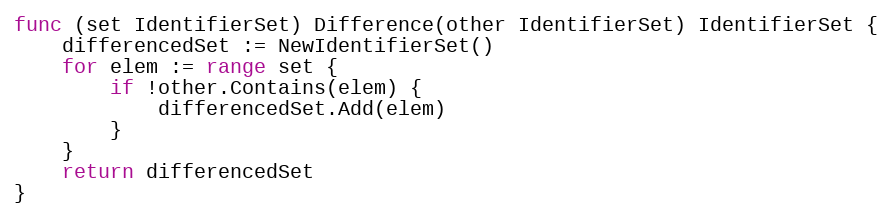
Language: Go
func (set IdentifierSet) Difference(other IdentifierSet) IdentifierSet {
	differencedSet := NewIdentifierSet()
	for elem := range set {
		if !other.Contains(elem) {
			differencedSet.Add(elem)
		}
	}
	return differencedSet
}